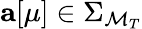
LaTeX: {\mathbf a}[\mu]\in\Sigma_{\mathcal{M}_{T}}